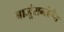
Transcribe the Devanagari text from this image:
बाजूंसमोरील